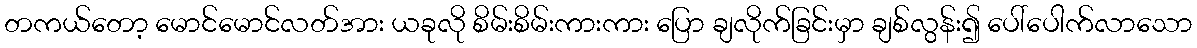
တကယ်တော့ မောင်မောင်လတ်အား ယခုလို စိမ်းစိမ်းကားကား ပြော ချလိုက်ခြင်းမှာ ချစ်လွန်း၍ ပေါ်ပေါက်လာသော